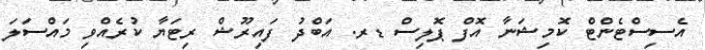
އެސިސްޓެންޓް ކޮމިޝަނާ އޮފް ޕޮލިސް ޑރ. އަބްދު ފައިރޫޝް ރިޓަޔާ ކުރެއްވި މައްސަލަ